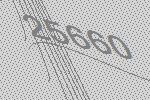
25660